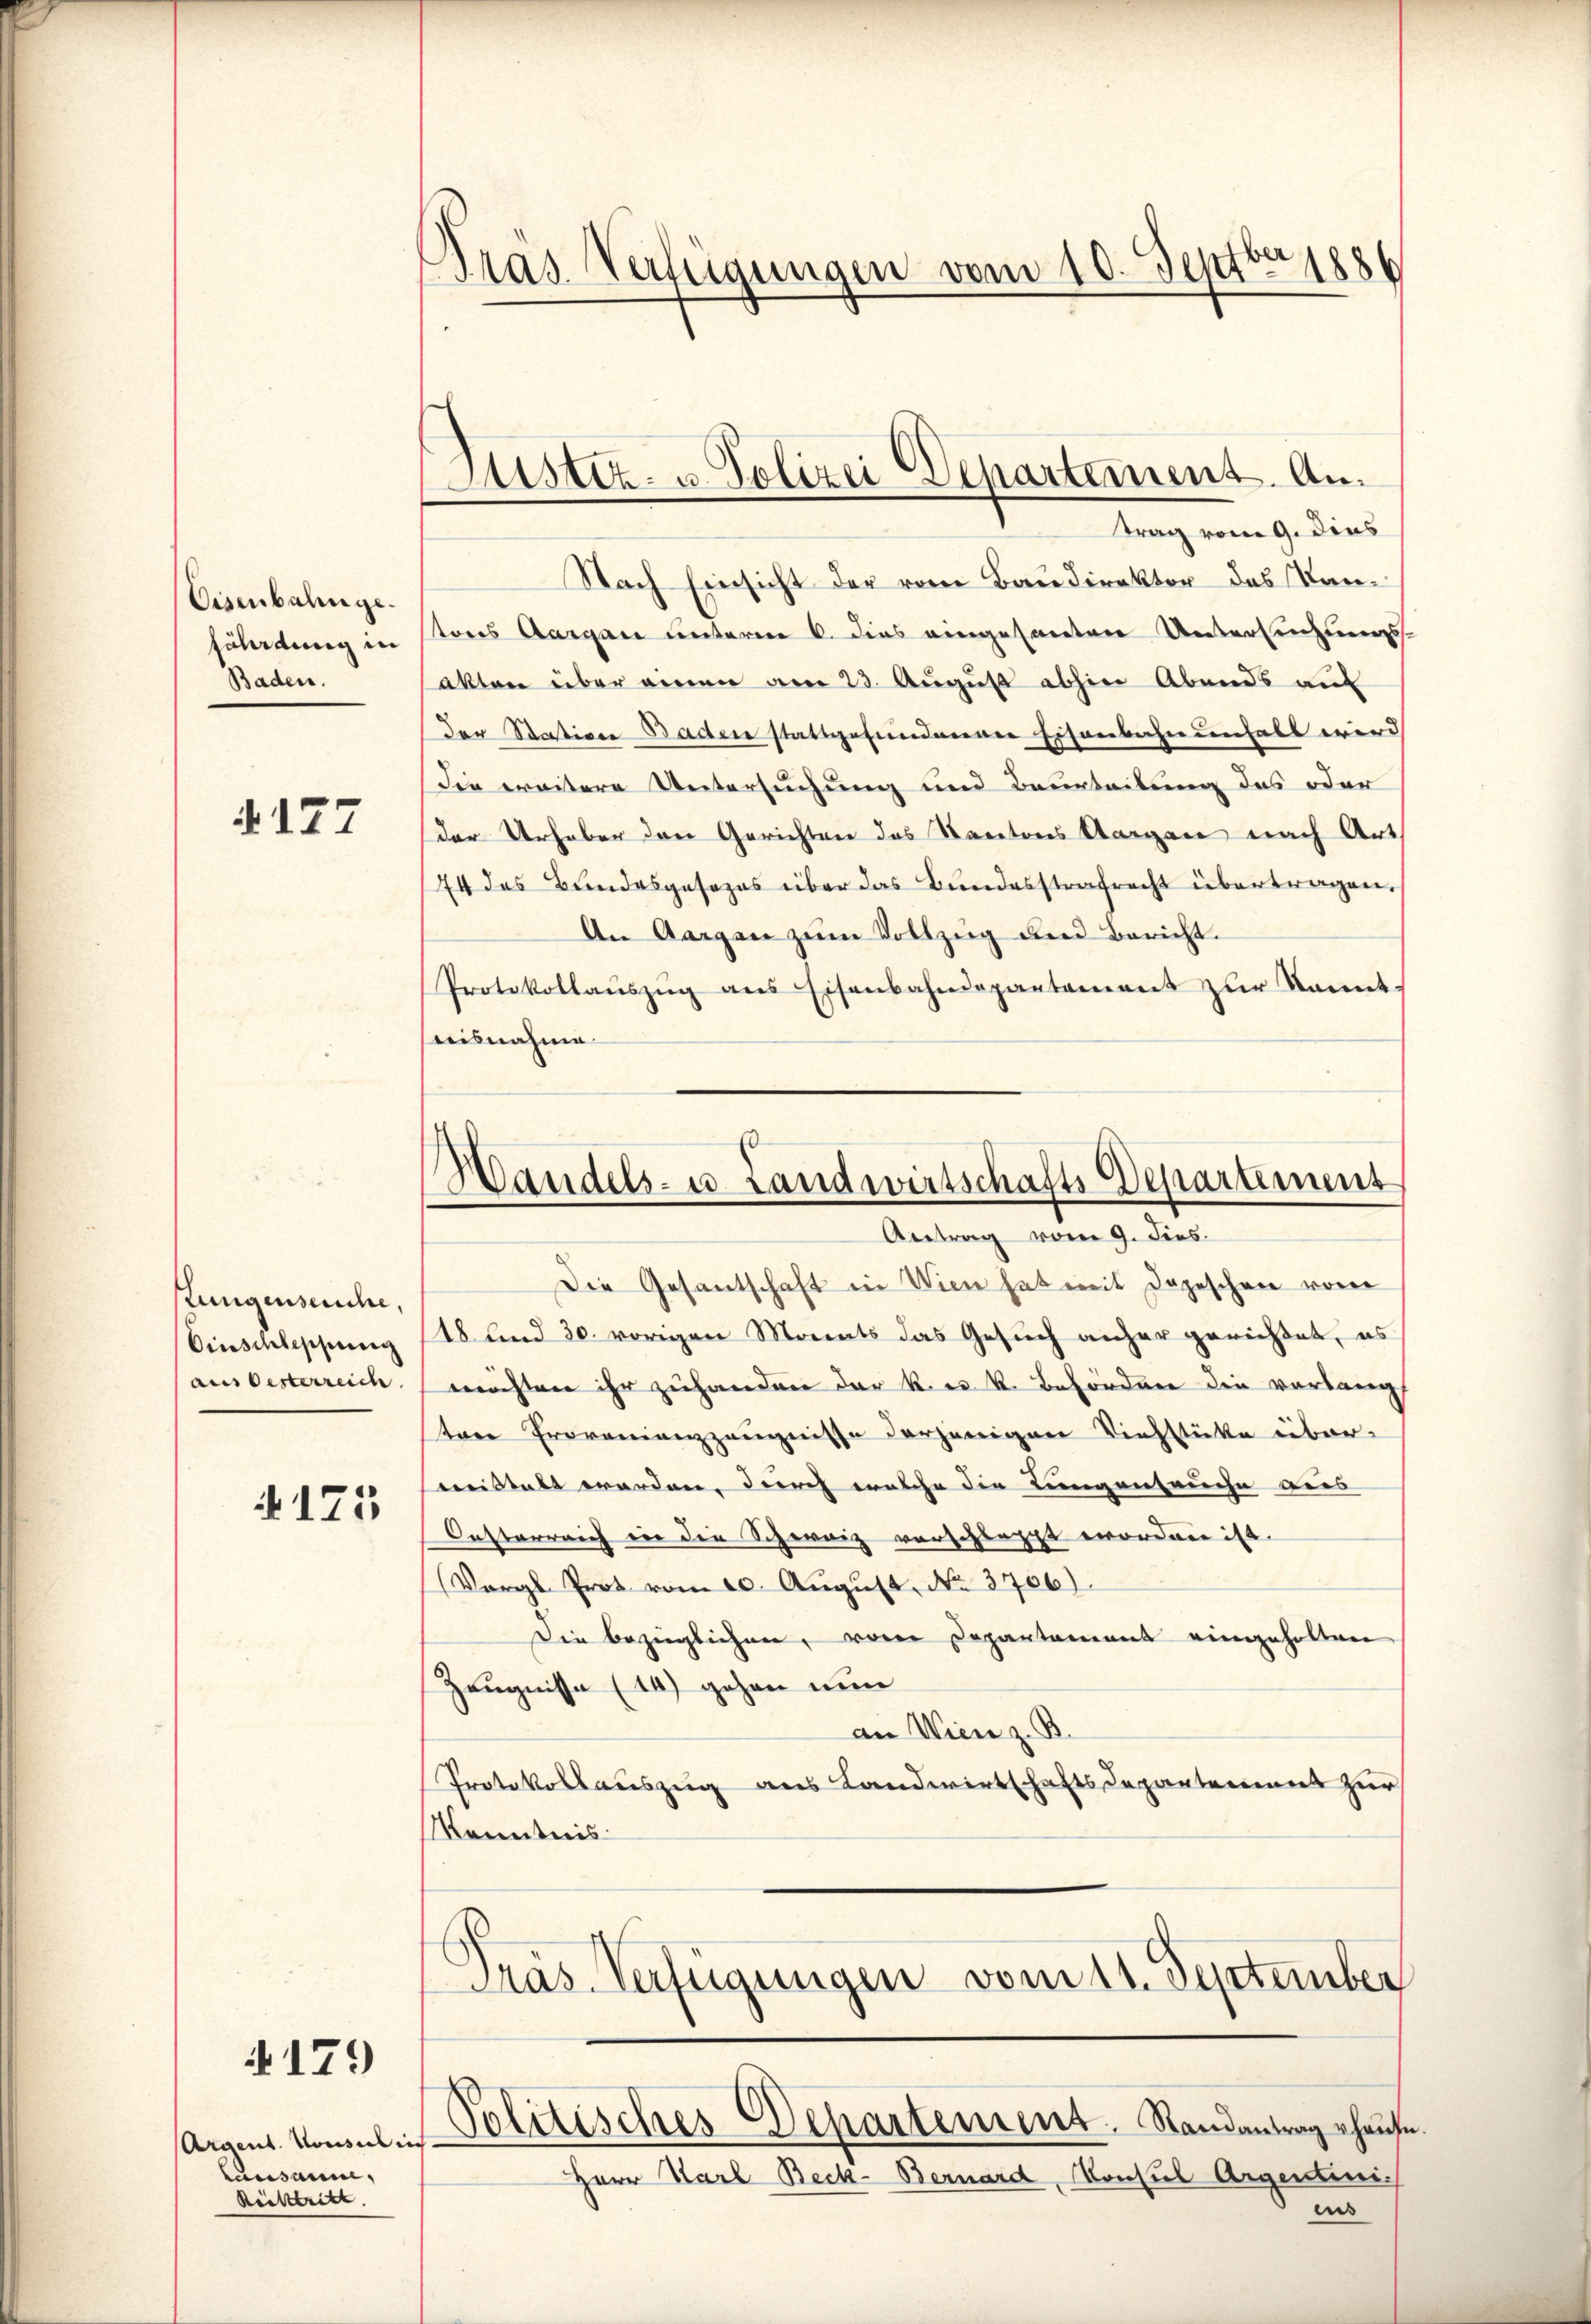
Eisenbahnge.
fährdung in
Baden.

§177

stungenseuche,
Einschleppung
aus Oesterreich

§ 175

§179

Argent. Konsul in
Lausanne,
Reittritt.

Pras Verfügungen vom 10. Septbr. 1886

Nach Einsicht der vom Baudirektor des Kanstons Aargau unterm 6. dies eingesanten Untersuchungsakten über einen am 23. August abhin Abends auf
der Station Baden stattgefundenen Eisenbahndenhalt wird
Sie weitere Untersuchung und Beurteilung des oder
der Urhaber den Gerichten des Kantons Aargau nach Art
44 das Bundesgesezes über das Bundesstrafrecht übertragen.
An Aargau zum Vollzug und Bericht.
Protokollaŭszŭg ans Eisenbahndepartement zŭr kannt-
aisnahme

Justiz- u. Polizei Departement. Antrag vom 9. dies

Handels- u. Landwirtschafts Departement
Antrag vom 9. Fies.

Pras-Verfügungen vom 11. September
Politisches Departement. Randantrag hause.

Die Gesantschaft in Wien hat mit Depeschen vom
18 und 30. vorigen Monats das Gesuch anher gerichtet, es
möchten ihr zuhanden der k. k. k. Behörden die vorlangt
tare Provenianzzeugnisse derjenigen Viehstücke über-
meistalt worden, durch welche die Lungenseuche aus
Oesterreich in die Schwarz vorschlägt erordnen ist.
Vergl. Prot vom 20. August. No. 3706).
Die bezüglichen, vom Departament eingeholten
Zeugnisse (14) gehen nun
an Wien z. B.
Protokollauszug aus Landwirtschafts Departemens zur
Kenntnis

Herr Karl Beck-Bernard, Konsul Argenteni
ins